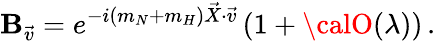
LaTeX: \mathbf{B}_{\vec{{v}}}=e^{-i(m_{N}+m_{H})\vec{{X}}\cdot\vec{{v}}}\left(1+{\calO}(\lambda)\right)\, .